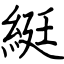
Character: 綎